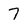
Character: 7